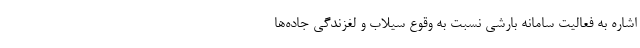
اشاره به فعالیت سامانه بارشی نسبت به وقوع سیلاب و لغزندگی جاده‌ها